Vaccination report Assam 1896-1927 - 1896-1927
Year: 1896
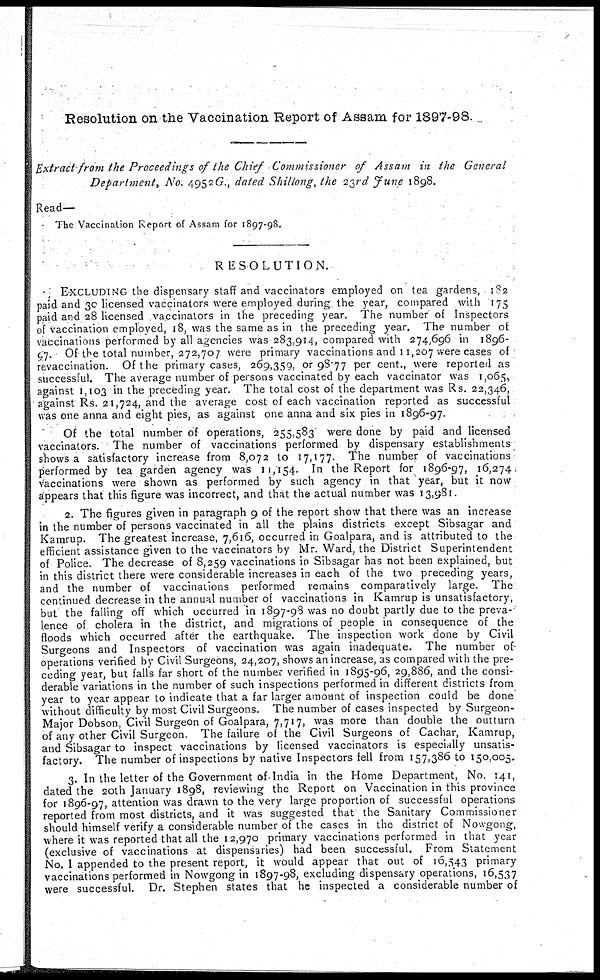
Resolution on the Vaccination Report of Assam for 1897-98.
Extract from the Proceedings of the Chief Commissioner of Assam in the General
Department, No. 4952G., dated Shillong, the 23rd June 1898.
Read—
The Vaccination Report of Assam for 1897-98.
RESOLUTION.
EXCLUDING the dispensary staff and vaccinators employed on tea gardens, 182
paid and 3c licensed vaccinators were employed during the year, compared with 175
paid and 28 licensed vaccinators in the preceding year. The number of Inspectors
of vaccination employed, 18, was the same as in the preceding year. The number of
vaccinations performed by all agencies was 283,914, compared with 274,696 in 1896-
97. Of the total number, 272,707 were primary vaccinations and 11,207 were cases of
revaccination. Of the primary cases, 269,359, or 98.77 per cent., were reported as
successful. The average number of persons vaccinated by each vaccinator was 1,065,
against 1,103 in the preceding year. The total cost of the department was Rs. 22,346,
against Rs. 21,724, and the average cost of each vaccination reported as successful
was one anna and eight pies, as against one anna and six pies in 1896-97.
Of the total number of operations, 255,583 were done by paid and licensed
vaccinators. The number of vaccinations performed by dispensary establishments
shows a satisfactory increase from 8,072 to 17,177. The number of vaccinations
performed by tea garden agency was 11,154. In the Report for 1896-97, 16,274
vaccinations were shown as performed by such agency in that year, but it now
appears that this figure was incorrect, and that the actual number was 13,981.
2. The figures given in paragraph 9 of the report show that there was an increase
in the number of persons vaccinated in all the plains districts except Sibsagar and
Kamrup. The greatest increase, 7,616, occurred in Goalpara, and is attributed to the
efficient assistance given to the vaccinators by Mr. Ward, the District Superintendent
of Police. The decrease of 8,259 vaccinations in Sibsagar has not been explained, but
in this district there were considerable increases in each of the two preceding years,
and the number of vaccinations performed remains comparatively large. The
continued decrease in the annual number of vaccinations in Kamrup is unsatisfactory,
but the falling off which occurred in 1897-98 was no doubt partly due to the preva-
lence of cholera in the district, and migrations of people in consequence of the
floods which occurred after the earthquake. The inspection work done by Civil
Surgeons and Inspectors of vaccination was again inadequate. The number of
operations verified by Civil Surgeons, 24,207, shows an increase, as compared with the pre-
ceding year, but falls far short of the number verified in 1895-96, 29,886, and the consi-
derable variations in the number of such inspections performed in different districts from
year to year appear to indicate that a far larger amount of inspection could be done
without difficulty by most Civil Surgeons. The number of cases inspected by Surgeon-
Major Dobson, Civil Surgeon of Goalpara, 7,717, was more than double the outturn
of any other Civil Surgeon. The failure of the Civil Surgeons of Cachar, Kamrup,
and Sibsagar to inspect vaccinations by licensed vaccinators is especially unsatis-
factory. The number of inspections by native Inspectors fell from 157,386 to 150,005.
3. In the letter of the Government of India in the Home Department, No. 141,
dated the 20th January 1898, reviewing the Report on Vaccination in this province
for 1896-97, attention was drawn to the very large proportion of successful operations
reported from most districts, and it was suggested that the Sanitary Commissioner
should himself verify a considerable number of the cases in the district of Nowgong,
where it was reported that all the 12,970 primary vaccinations performed in that year
(exclusive of vaccinations at dispensaries) had been successful. From Statement
No. I appended to the present report, it would appear that out of 16,543 primary
vaccinations performed in Nowgong in 1897-98, excluding dispensary operations, 16,537
were successful. Dr. Stephen states that he inspected a considerable number of